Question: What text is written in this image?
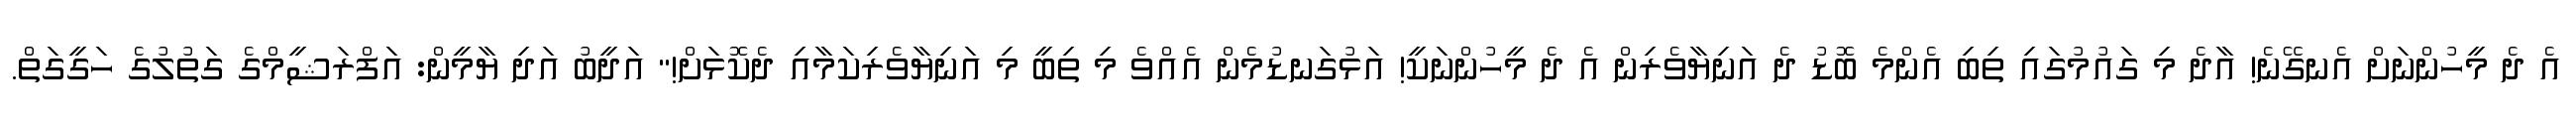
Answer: އެ ދެ މީހުންނަށް އެނގޭނެ! އާދެ މި ގައުމުގައި ތިބި އެންމެ ބޮޑު ދެ އަނިޔާވެރިން އެ ދެ މީހުންނަކީ! އަޅުގަނޑުމެން އެއްވެ މި ތިބީ މި އަނިޔާވެރިކަމާއި ދެކޮޅަށް!" އަދީބު އަދި ޔާމީން: އަފްރަޝީމްގެ ގަތުލުގެ ހަގީގަތް.